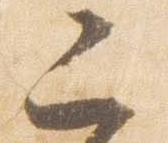
二